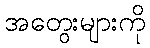
အတွေးများကို